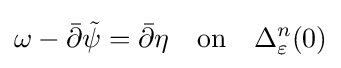
\omega -{\bar {\partial }}{\tilde {\psi }}={\bar {\partial }}\eta \quad {\text{on}}\quad \Delta _{\varepsilon }^{n}(0)